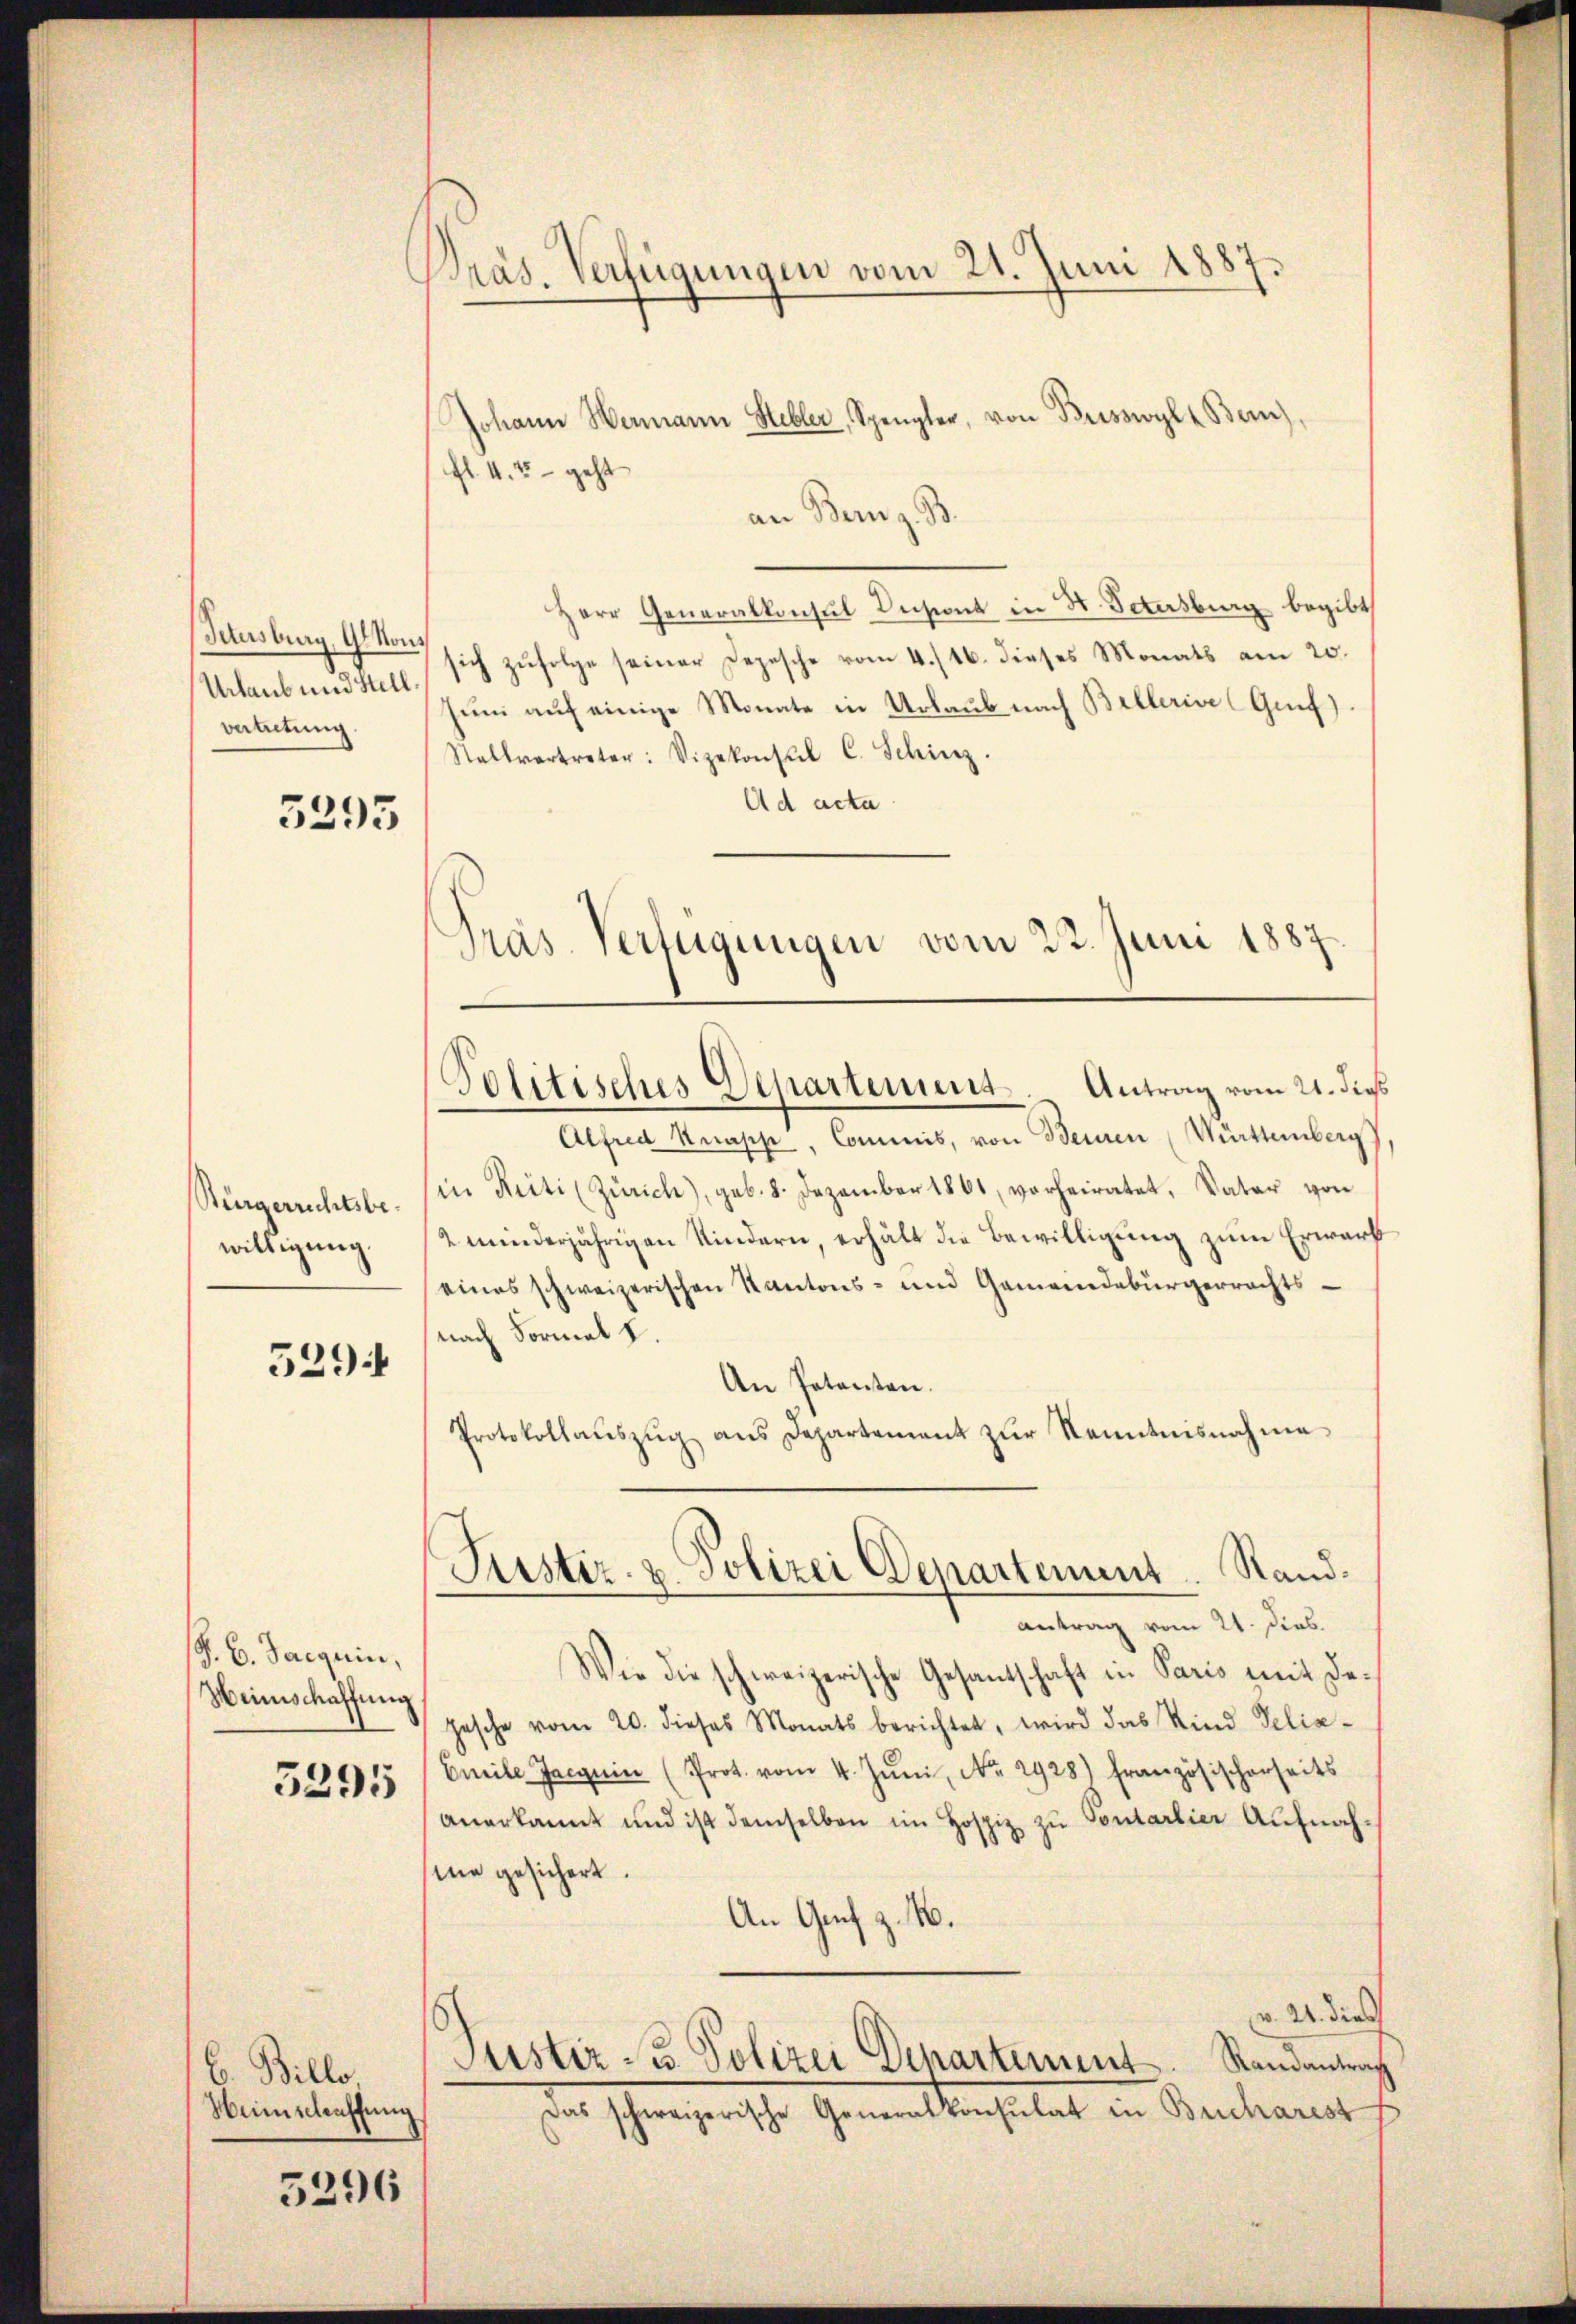
Tetusburg, 9. Nous
Urlaub und Stell
vertretung

3295

Bürgerrichtsbewilligung.

529:

§. 6. Jacquin,
Weinschaffung
3295

6. Billo
Heimschaffung

5296

Präs. Verfügungen vom 21. Juni 1887

Johann Hermann Hebler, Spengler, von Brisswyl u. Bern)
fl. 4.5 – geht
an Bern z. B
Herr Generalkonsul Insint in St. Vatersburg begibt
sich zufolge seiner Depesche vom 4./16. dieses Monats am 20.
Juni auf einige Monate in Urlaub nach Bellerive Genf)
Stallvertreter: Vizekonsul C. Schinz.
Ad acta
Pras. Verfügungen vom 22. Juni 1887

Politisches Departement. Antrag vom 21. dies

Alfred Knapp, Commis, von Beinen (Württemberg),
in Reiti (Zürich), geb. 8. Dezember 1861, vorheiratet, Vater von
2 minderjährigen Kindern, erhält die Bewilligung zum Erwarb
eines schweizerischen Kantons- und Gemeindebürgerrechts-
nach Formal d.
An Petenten.
Protokollaŭszŭg ans Departement zŭr Kenntnisnahme
Wie die schweizerische Gesantschaft in Paris mit Dehesche vom 20. dieses Monats berichtet, wird das Kind Delia-
Cmeile Jacquin (Prot. vom 4. Jŭni, No. 2928) Französischerseits
anerkannt und ist demselben im Hospiz zu Pontarlier Aufnah-
me gesichert.
An Genf z. B.
v. 24. dies
Justiz- u. Polizei Departiment. Standantrach
Das schweizerische Generalkonsulat in Bucharest

Puster u. Polizei Departement. Stand.
antrag vom 21. Dies